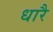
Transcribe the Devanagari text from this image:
धारै